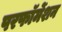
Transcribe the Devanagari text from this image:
परफॉर्मेशन